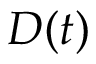
D ( t )